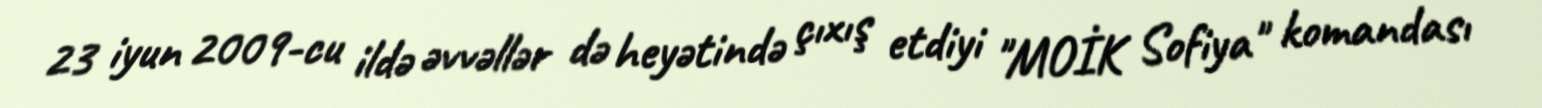
23 iyun 2009-cu ildə əvvəllər də heyətində çıxış etdiyi "MOİK Sofiya" komandası